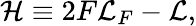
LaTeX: {\cal H}\equiv 2F{\cal L}_{F}-{\cal L},